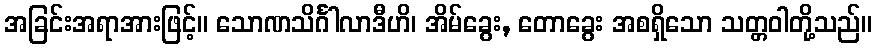
အခြင်းအရာအားဖြင့်။ သောဏသိင်္ဂါလာဒီဟိ၊ အိမ်ခွေး, တောခွေး အစရှိသော သတ္တဝါတို့သည်။